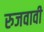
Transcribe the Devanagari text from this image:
रुजवावी